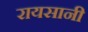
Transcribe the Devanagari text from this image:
रायसानी